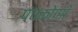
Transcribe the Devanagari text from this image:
पंचकोणी